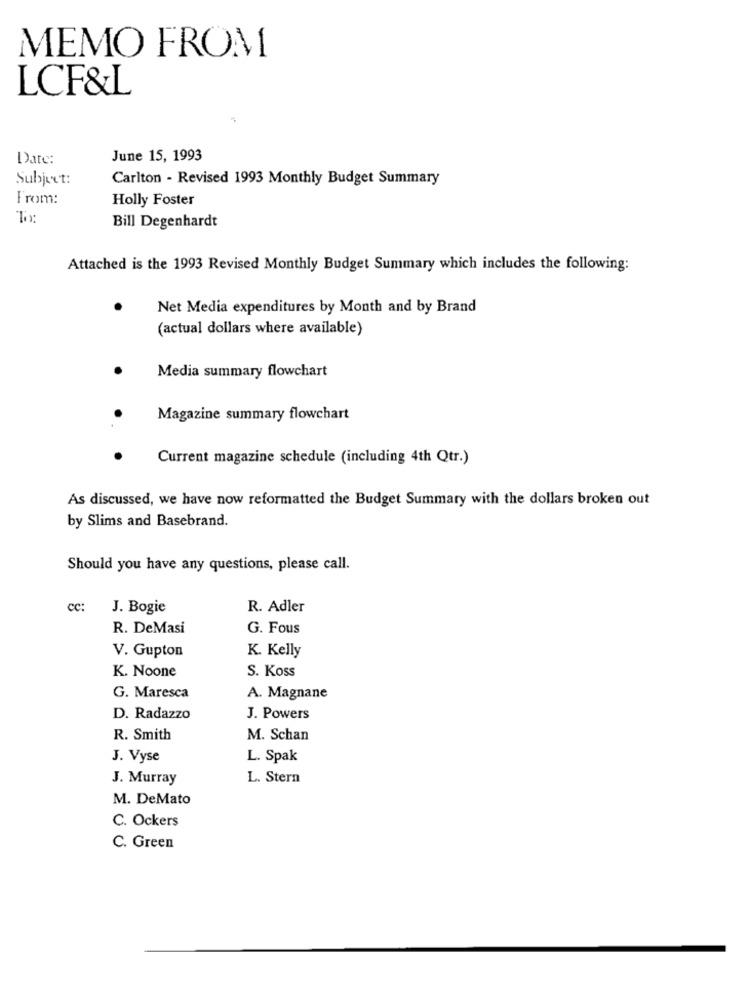
MEMO FROM
LCF&L
Date:
June 15, 1993
Subject:
Carlton - Revised 1993 Monthly Budget Summary
From:
Holly Foster
To:
Bill Degenhardt
Attached is the 1993 Revised Monthly Budget Summary which includes the following:
Net Media expenditures by Month and by Brand
(actual dollars where available)
Media summary flowchart
Magazine summary flowchart
Current magazine schedule (including 4th Qtr.)
As discussed, we have now reformatted the Budget Summary with the dollars broken out
by Slims and Basebrand.
Should you have any questions, please call.
cc:
J. Bogie
R. Adler
R. DeMasi
G. Fous
V. Gupton
K. Kelly
K. Noone
S. Koss
G. Maresca
A. Magnane
D. Radazzo
J. Powers
R. Smith
M. Schan
J. Vyse
L. Spak
J. Murray
L. Stern
M. DeMato
C. Ockers
C. Green